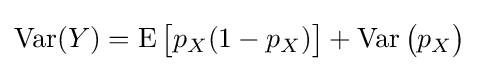
\operatorname {Var} (Y)=\operatorname {E} {\bigl [}p_{X}(1-p_{X}){\bigr ]}+\operatorname {Var} {\bigl (}p_{X}{\bigr )}